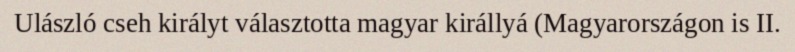
Ulászló cseh királyt választotta magyar királlyá (Magyarországon is II.